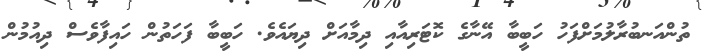
ތުންއަނބުރާލުމަށްފަހު ހަބީބާ އޭނާގެ ކޮޓަރިއާއި ދިމާއަށް ދިޔައެވެ. ހަބީބާ ފަހަތުން ހައިފާވެސް ދިއުމުން